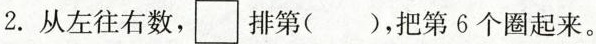
2.从左往右数，\Box 排第()，把第6个圈起来。